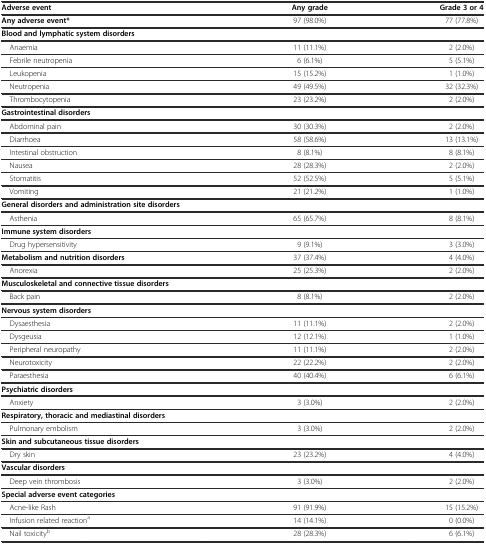
<table><thead><tr><td><b>Adverse event</b></td><td><b>Any grade</b></td><td><b>Grade 3 or 4</b></td></tr></thead><tbody><tr><td><b>Any adverse event*</b></td><td>97 (98.0%)</td><td>77 (77.8%)</td></tr><tr><td><b>Blood and lymphatic system disorders</b></td><td></td><td></td></tr><tr><td> Anaemia</td><td>11 (11.1%)</td><td>2 (2.0%)</td></tr><tr><td> Febrile neutropenia</td><td>6 (6.1%)</td><td>5 (5.1%)</td></tr><tr><td> Leukopenia</td><td>15 (15.2%)</td><td>1 (1.0%)</td></tr><tr><td> Neutropenia</td><td>49 (49.5%)</td><td>32 (32.3%)</td></tr><tr><td> Thrombocytopenia</td><td>23 (23.2%)</td><td>2 (2.0%)</td></tr><tr><td><b>Gastrointestinal disorders</b></td><td></td><td></td></tr><tr><td> Abdominal pain</td><td>30 (30.3%)</td><td>2 (2.0%)</td></tr><tr><td> Diarrhoea</td><td>58 (58.6%)</td><td>13 (13.1%)</td></tr><tr><td> Intestinal obstruction</td><td>8 (8.1%)</td><td>8 (8.1%)</td></tr><tr><td> Nausea</td><td>28 (28.3%)</td><td>2 (2.0%)</td></tr><tr><td> Stomatitis</td><td>52 (52.5%)</td><td>5 (5.1%)</td></tr><tr><td> Vomiting</td><td>21 (21.2%)</td><td>1 (1.0%)</td></tr><tr><td><b>General disorders and administration site disorders</b></td><td></td><td></td></tr><tr><td> Asthenia</td><td>65 (65.7%)</td><td>8 (8.1%)</td></tr><tr><td><b>Immune system disorders</b></td><td></td><td></td></tr><tr><td> Drug hypersensitivity</td><td>9 (9.1%)</td><td>3 (3.0%)</td></tr><tr><td><b>Metabolism and nutrition disorders</b></td><td>37 (37.4%)</td><td>4 (4.0%)</td></tr><tr><td> Anorexia</td><td>25 (25.3%)</td><td>2 (2.0%)</td></tr><tr><td><b>Musculoskeletal and connective tissue disorders</b></td><td></td><td></td></tr><tr><td> Back pain</td><td>8 (8.1%)</td><td>2 (2.0%)</td></tr><tr><td><b>Nervous system disorders</b></td><td></td><td></td></tr><tr><td> Dysaesthesia</td><td>11 (11.1%)</td><td>2 (2.0%)</td></tr><tr><td> Dysgeusia</td><td>12 (12.1%)</td><td>1 (1.0%)</td></tr><tr><td> Peripheral neuropathy</td><td>11 (11.1%)</td><td>2 (2.0%)</td></tr><tr><td> Neurotoxicity</td><td>22 (22.2%)</td><td>2 (2.0%)</td></tr><tr><td> Paraesthesia</td><td>40 (40.4%)</td><td>6 (6.1%)</td></tr><tr><td><b>Psychiatric disorders</b></td><td></td><td></td></tr><tr><td> Anxiety</td><td>3 (3.0%)</td><td>2 (2.0%)</td></tr><tr><td><b>Respiratory, thoracic and mediastinal disorders</b></td><td></td><td></td></tr><tr><td> Pulmonary embolism</td><td>3 (3.0%)</td><td>2 (2.0%)</td></tr><tr><td><b>Skin and subcutaneous tissue disorders</b></td><td></td><td></td></tr><tr><td> Dry skin</td><td>23 (23.2%)</td><td>4 (4.0%)</td></tr><tr><td><b>Vascular disorders</b></td><td></td><td></td></tr><tr><td> Deep vein thrombosis</td><td>3 (3.0%)</td><td>2 (2.0%)</td></tr><tr><td><b>Special adverse event categories</b></td><td></td><td></td></tr><tr><td> Acne-like Rash</td><td>91 (91.9%)</td><td>15 (15.2%)</td></tr><tr><td> Infusion related reaction<sup>a</sup></td><td>14 (14.1%)</td><td>0 (0.0%)</td></tr><tr><td> Nail toxicity<sup>b</sup></td><td>28 (28.3%)</td><td>6 (6.1%)</td></tr></tbody></table>